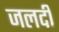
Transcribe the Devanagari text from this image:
जलदीं